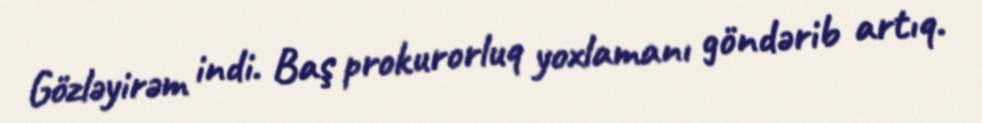
Gözləyirəm indi. Baş prokurorluq yoxlamanı göndərib artıq.